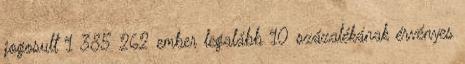
jogosult 1 385 262 ember legalább 10 százalékának érvényes